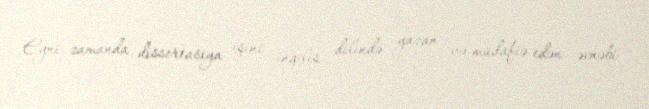
Eyni zamanda, dissertasiya işini ingilis dilində yazan və müdafiə edən əcnəbi